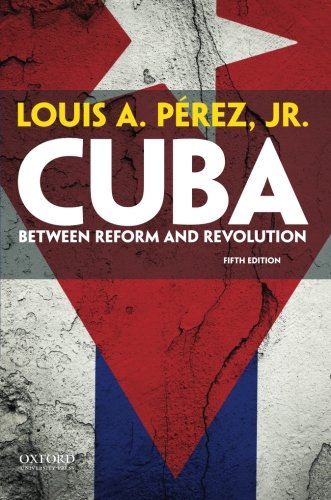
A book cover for Cuba: Between Reform and Revolution; Louis A. PÃ©rez; History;